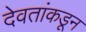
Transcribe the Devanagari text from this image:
देवतांकडून